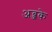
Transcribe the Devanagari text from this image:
अब्जके